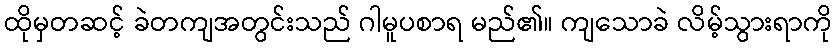
ထိုမှတဆင့် ခဲတကျအတွင်းသည် ဂါမူပစာရ မည်၏။ ကျသောခဲ လိမ့်သွားရာကို